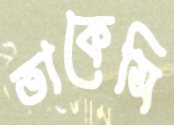
তাকেসি